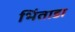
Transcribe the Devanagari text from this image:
भिंताडा